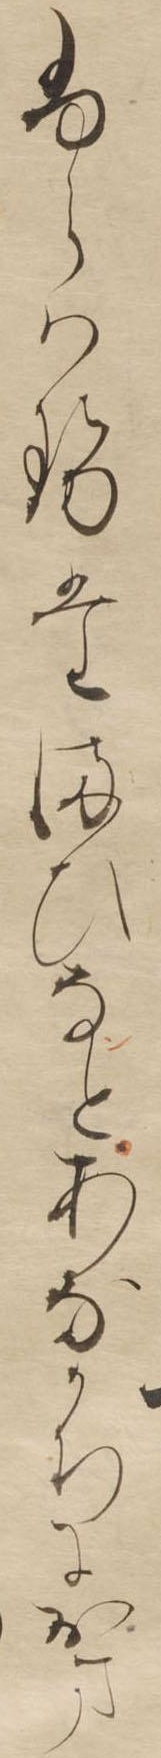
ふらはせたまひなとあなかちにおま